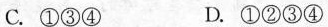
C. ①③④ D. ①②③④